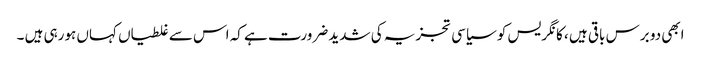
ابھی دو برس باقی ہیں ، کانگریس کو سیاسی تجزیہ کی شدید ضرورت ہے کہ اس سے غلطیاں کہاں ہورہی ہیں ۔